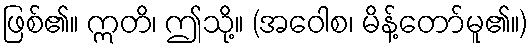
ဖြစ်၏။ ဣတိ၊ ဤသို့။ (အဝေါစ၊ မိန့်တော်မူ၏။)